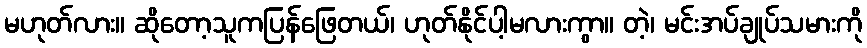
မဟုတ်လား။ ဆိုတော့သူကပြန်ဖြေတယ်၊ ဟုတ်နိုင်ပါ့မလားကွာ။ တဲ့၊ မင်းအပ်ချုပ်သမားကို